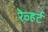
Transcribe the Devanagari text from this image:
रेव्हर्ट